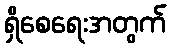
ရှိစေရေးအတွက်